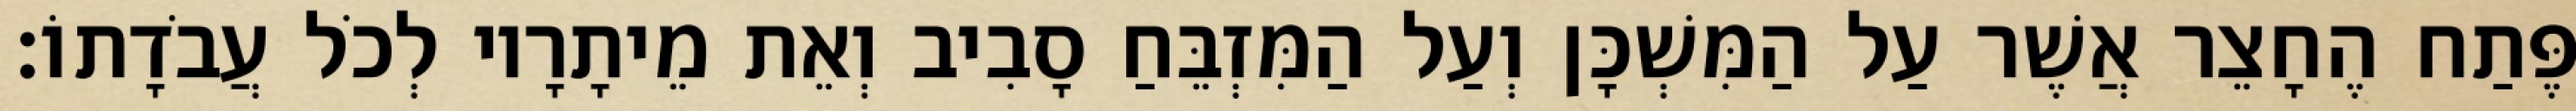
פֶּתַח הֶחָצֵר אֲשֶׁר עַל הַמִּשְׁכָּן וְעַל הַמִּזְבֵּחַ סָבִיב וְאֵת מֵיתָרָיו לְכֹל עֲבֹדָתוֹ׃